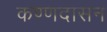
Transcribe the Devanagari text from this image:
कण्णदासन